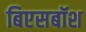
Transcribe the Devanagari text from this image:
बिएसबॉश